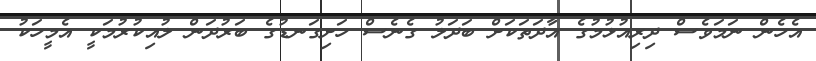
އެހެން ނަމަވެސް ދިރިއުޅުމުގެ އާދަތަކަށް ބަދަލު ގެނެސް ހަށިގަނޑުގެ ބަރުދަން ލުއިކުރުމަކީ އެމީހަކު